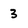
Character: 3